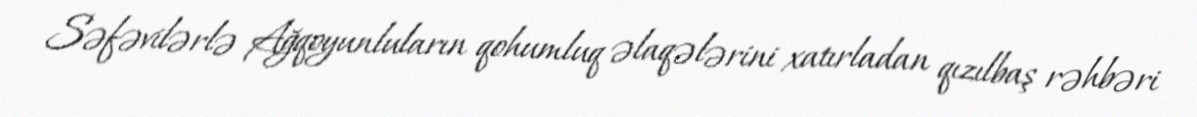
Səfəvilərlə Ağqoyunluların qohumluq əlaqələrini xatırladan qızılbaş rəhbəri